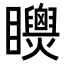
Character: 𥍌